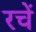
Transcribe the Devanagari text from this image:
रचें